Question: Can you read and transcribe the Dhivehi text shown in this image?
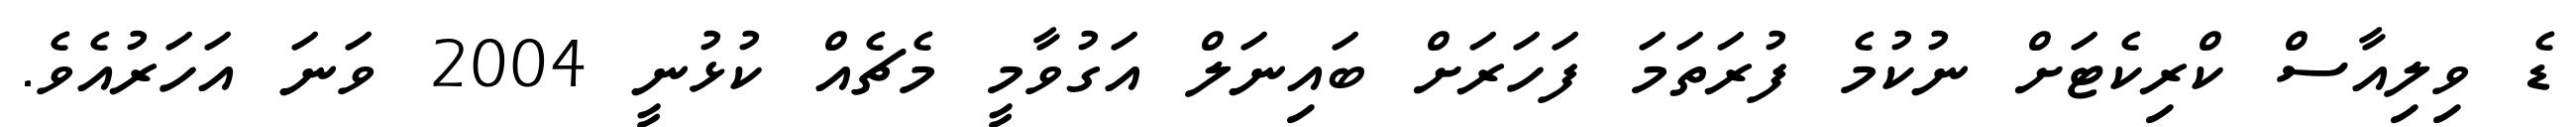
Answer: ޑެ ވިލިއާސް ކްރިކެޓަށް ނުކުމެ ފުރަތަމަ ފަހަރަށް ބައިނަލް އަގުވާމީ މެޗެއް ކުޅުނީ 2004 ވަނަ އަހަރުއެވެ.